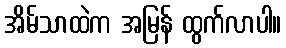
အိမ်သာထဲက အမြန် ထွက်လာပါ။